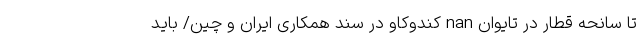
تا سانحه قطار در تایوان nan کندوکاو در سند همکاری ایران و چین/ باید